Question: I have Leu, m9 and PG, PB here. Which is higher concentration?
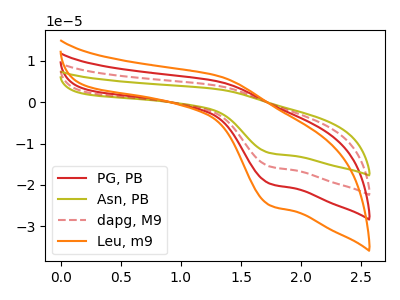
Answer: <think>The red curve "PG, PB" has an anodic peak at (1.30V, 5.05uA) and a cathodic peak at (1.75V, -19.75uA). The olive curve "Asn, PB" has an anodic peak at (1.30V, 15.10uA) and a cathodic peak at (1.75V, -59.25uA). The red dashed curve "dapg, M9" has an anodic peak at (1.30V, 10.05uA) and a cathodic peak at (1.75V, -39.50uA). The orange curve "Leu, m9" has an anodic peak at (1.30V, 6.35uA) and a cathodic peak at (1.75V, -25.00uA).
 All the peaks in "Leu, m9" have a peak in "PG, PB" at the same potential. Every peak in "Leu, m9" is higher than every peak in "PG, PB".</think>
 <answer>"Leu, m9" has more signal than "PG, PB" and so likely has a higher concentration.</answer>
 <eval>more_concentration</eval>